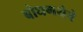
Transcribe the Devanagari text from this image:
बोधगयेचे